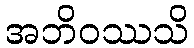
အဘိဝဿသိ